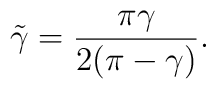
\tilde{\gamma}=\frac{\pi\gamma}{2(\pi-\gamma)}.